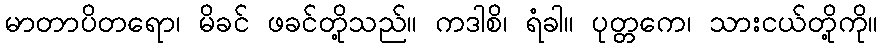
မာတာပိတရော၊ မိခင် ဖခင်တို့သည်။ ကဒါစိ၊ ရံခါ။ ပုတ္တကေ၊ သားငယ်တို့ကို။